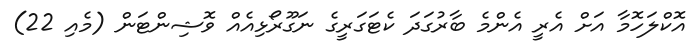
އޮކްލަހޮމާ އަށް އެރީ އެންމެ ބާރުގަދަ ކެޓަގަރީގެ ނަގޫރޯޅިއެއް ވޮޝިންޓަން (މެއި 22)